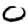
Digit: 0